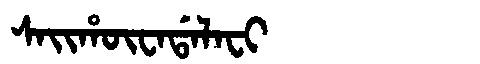
Manchu: ᠰᠠᡳᡥᡡᠸᠠᡩᠠᠯᠠᠸᡳ
Romanization: SAIHŪWADALAFI